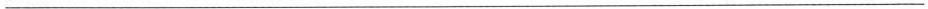
___